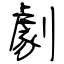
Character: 劇